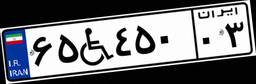
۶۵W۴۵۰۰۳